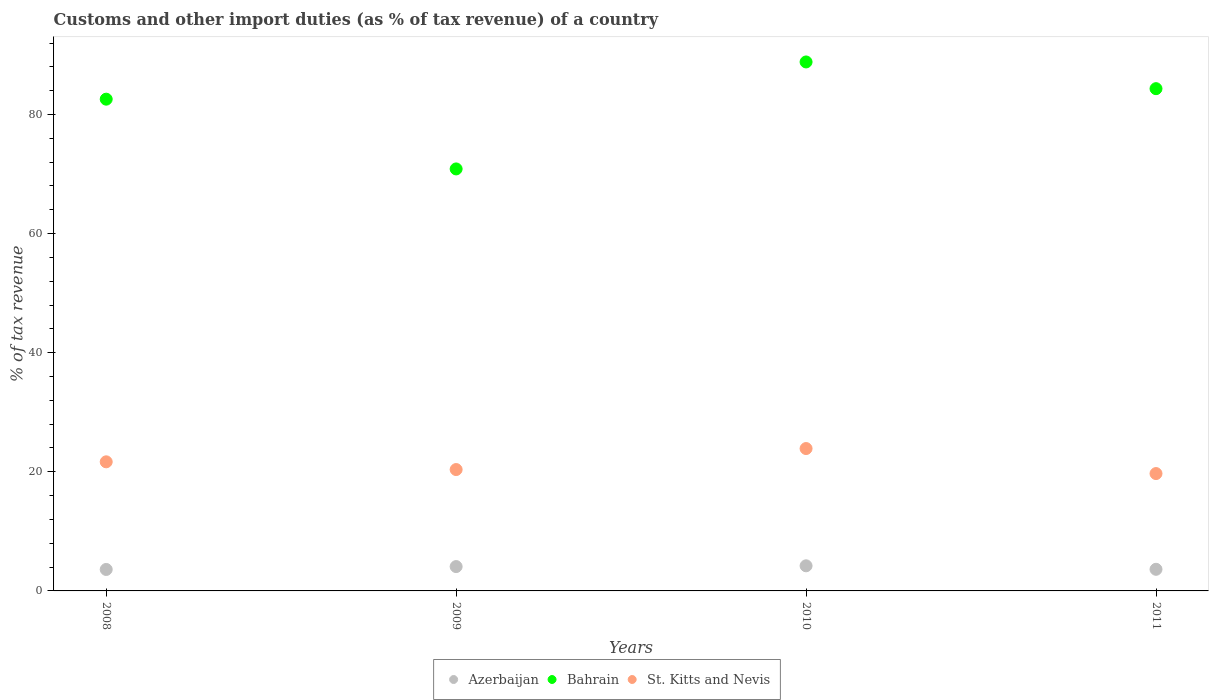
| Years | Azerbaijan | Bahrain | St. Kitts and Nevis |
 | --- | --- | --- | --- |
 | 2008 | 3.6 | 82.6 | 21.7 |
 | 2009 | 4.09 | 70.9 | 20.4 |
 | 2010 | 4.22 | 88.8 | 23.9 |
 | 2011 | 3.63 | 84.3 | 19.7 |